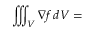
\iiint _ { V } \nabla f \, d V =